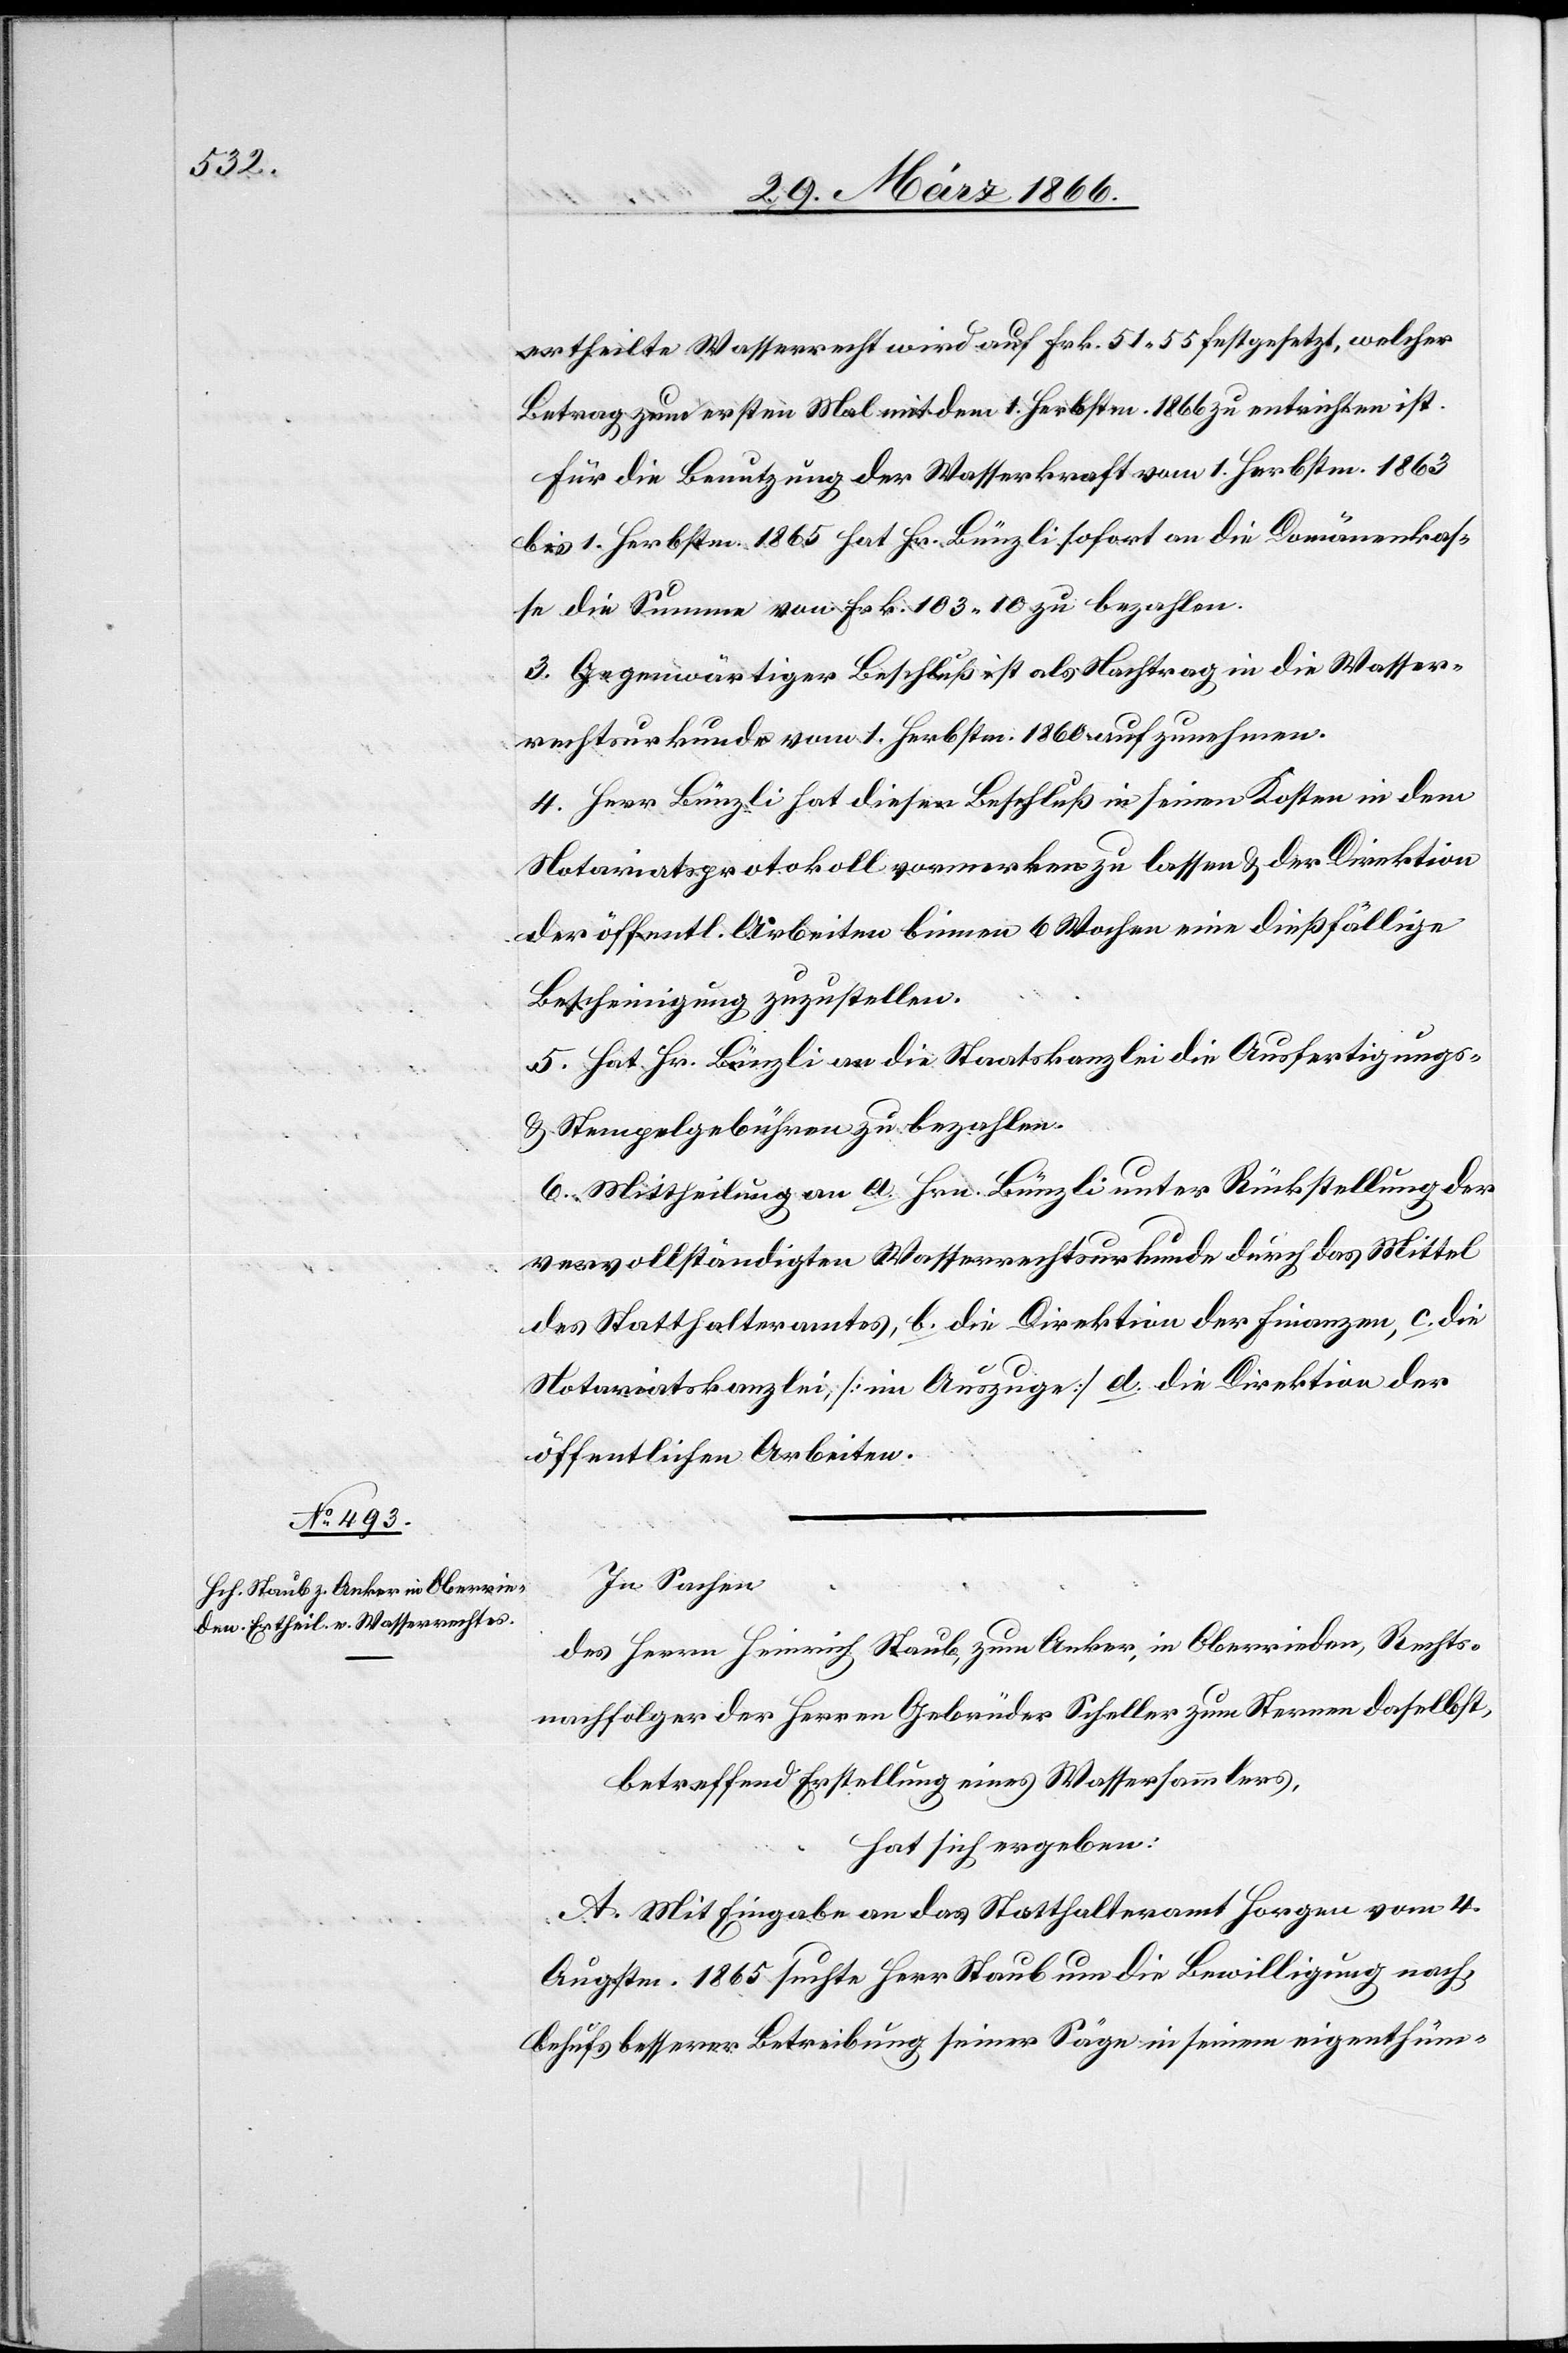
ertheilte [sic!] Wasserrecht wird auf Frk. 51,55 festgesetzt, welcher
Betrag zum ersten Mal mit dem 1. Herbstm. 1866 zu entrichten ist.
Für die Benutzung der Wasserkraft vom 1. Herbstm. 1863
bis 1. Herbstm. 1865 hat Hr. Bünzli sofort an die Domänenkas¬
se die Summe von Frk. 103,10 zu bezahlen.
3. Gegenwärtiger Beschluß ist als Nachtrag in die Wasser¬
rechtsurkunde vom 1. Herbstm. 1860 aufzunehmen.
4. Herr Bünzli hat diesen Beschluß in seinen Kosten in dem
Notariatsprotokoll vormerken zu lassen u. der Direktion
der öffentl. Arbeiten binnen 4 Wochen eine dießfällige
Bescheinigung zuzustellen.
5. Hat Hr. Bünzli an die Staatskanzlei die Ausfertigungs-
u. Stempelgebühren zu bezahlen.
6. Mittheilung an a. Hrn. Bünzli unter Rückstellung der
vervollständigten Wasserrechtsurkunde durch das Mittel
des Statthalteramtes, b. die Direktion der Finanzen, c. die
Notariatskanzlei [im Auszuge] d. die Direktion der
öffentlichen Arbeiten.
In Sachen
des Herrn Heinrich Staub, zum Anker, in Oberrieden, Rechts¬
nachfolger der Herren Gebrüder Scheller zum Sternen daselbst,
betreffend Erstellung eines Wassersammlers,
hat sich ergeben:
A. Mit Eingabe an das Statthalteramt Horgen vom 4.
Augustm. 1865 suchte Herr Staub um die Bewilligung nach,
behufs besserer Betreibung seiner Säge in seinem eigenthüm-